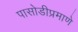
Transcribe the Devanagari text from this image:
पासोडीप्रमाणे